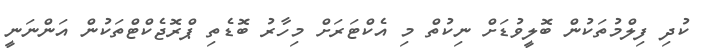
ކުދި ފިލްމުތަކުން ބޮލީވުޑަށް ނިކުތް މި އެކްޓަރަށް މިހާރު ބޮޑެތި ޕްރޮޖެކްޓްތަކުން އަންނަނީ